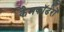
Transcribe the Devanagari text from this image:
कैमकॉर्डरों